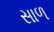
સાળ